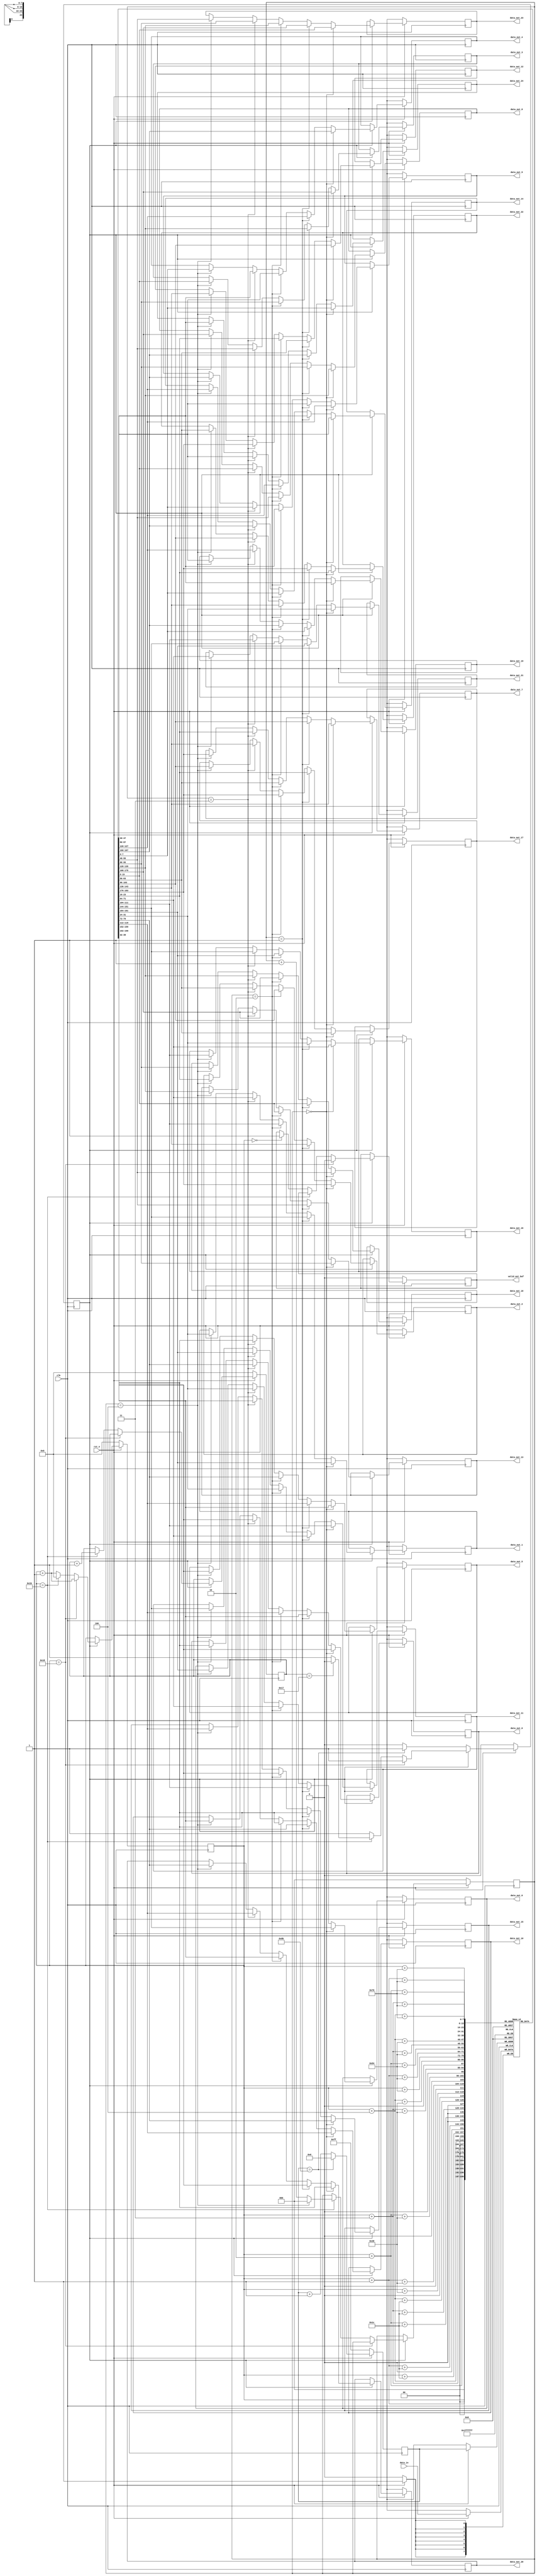
`timescale 1ns / 1ps
//////////////////////////////////////////////////////////////////////////////////
// Company: 
// Engineer: 
// 
// Design Name: 
// Module Name: conv1_buffer
// Project Name: 
// Target Devices: 
// Tool Versions: 
// Description: 
// 
// Dependencies: 
// 
// Revision:
// Revision 0.01 - File Created
// Additional Comments:
// 
//////////////////////////////////////////////////////////////////////////////////


 module conv1_buffer #(parameter WIDTH = 28, HEIGHT = 28, DATA_BITS = 8)(
   input clk,
   input rst_n,
   input [DATA_BITS - 1:0] data_in,
   output reg [DATA_BITS - 1:0] data_out_0, data_out_1, data_out_2, data_out_3, data_out_4,
   data_out_5, data_out_6, data_out_7, data_out_8, data_out_9,
   data_out_10, data_out_11, data_out_12, data_out_13, data_out_14,
   data_out_15, data_out_16, data_out_17, data_out_18, data_out_19,
   data_out_20, data_out_21, data_out_22, data_out_23, data_out_24,
   output reg valid_out_buf
 );

 localparam FILTER_SIZE = 5;

 reg [DATA_BITS - 1:0] buffer [0:WIDTH * FILTER_SIZE - 1];
 reg [DATA_BITS - 1:0] buf_idx;
 reg [4:0] w_idx, h_idx;
 reg [2:0] buf_flag;  // 0 ~ 4
 reg state;

 always @(posedge clk) begin
   if(~rst_n) begin
     buf_idx <= -1;
     w_idx <= 0;
     h_idx <= 0;
     buf_flag <= 0;
     state <= 0;
     valid_out_buf <= 0;
     data_out_0 <= 12'bx;
     data_out_1 <= 12'bx;
     data_out_2 <= 12'bx;
     data_out_3 <= 12'bx;
     data_out_4 <= 12'bx;
     data_out_5 <= 12'bx;
     data_out_6 <= 12'bx;
     data_out_7 <= 12'bx;
     data_out_8 <= 12'bx;
     data_out_9 <= 12'bx;
     data_out_10 <= 12'bx;
     data_out_11 <= 12'bx;
     data_out_12 <= 12'bx;
     data_out_13 <= 12'bx;
     data_out_14 <= 12'bx;
     data_out_15 <= 12'bx;
     data_out_16 <= 12'bx;
     data_out_17 <= 12'bx;
     data_out_18 <= 12'bx;
     data_out_19 <= 12'bx;
     data_out_20 <= 12'bx;
     data_out_21 <= 12'bx;
     data_out_22 <= 12'bx;
     data_out_23 <= 12'bx;
     data_out_24 <= 12'bx;
   end else begin
   buf_idx <= buf_idx + 1;
   if(buf_idx == WIDTH * FILTER_SIZE - 1) begin // buffer size = 140 = 28(w) * 5(h)
     buf_idx <= 0;
   end
   
   buffer[buf_idx] <= data_in;  // data input
   
   // Wait until first 140 input data filled in buffer
   if(!state) begin
     if(buf_idx == WIDTH * FILTER_SIZE - 1) begin
       state <= 1'b1;
     end
   end else begin // valid state
     w_idx <= w_idx + 1'b1; // move right

     if(w_idx == WIDTH - FILTER_SIZE + 1) begin
       valid_out_buf <= 1'b0; // unvalid area
     end else if(w_idx == WIDTH - 1) begin
       buf_flag <= buf_flag + 1'b1;
       if(buf_flag == FILTER_SIZE - 1) begin
         buf_flag <= 0;
       end
       w_idx <= 0;

       if(h_idx == HEIGHT - FILTER_SIZE) begin  // done 1 input read -> 28 * 28
         h_idx <= 0;
         state <= 1'b0;
       end 
       
       h_idx <= h_idx + 1'b1;

     end else if(w_idx == 0) begin
       valid_out_buf <= 1'b1; // start valid area
     end

     // Buffer Selection -> 5 * 5
     if(buf_flag == 3'd0) begin
       data_out_0 <= buffer[w_idx];
       data_out_1 <= buffer[w_idx + 1];
       data_out_2 <= buffer[w_idx + 2];
       data_out_3 <= buffer[w_idx + 3];
       data_out_4 <= buffer[w_idx + 4];

       data_out_5 <= buffer[w_idx + WIDTH];
       data_out_6 <= buffer[w_idx + 1 + WIDTH];
       data_out_7 <= buffer[w_idx + 2 + WIDTH];
       data_out_8 <= buffer[w_idx + 3 + WIDTH];
       data_out_9 <= buffer[w_idx + 4 + WIDTH];

       data_out_10 <= buffer[w_idx + WIDTH * 2];
       data_out_11 <= buffer[w_idx + 1 + WIDTH * 2];
       data_out_12 <= buffer[w_idx + 2 + WIDTH * 2];
       data_out_13 <= buffer[w_idx + 3 + WIDTH * 2];
       data_out_14 <= buffer[w_idx + 4 + WIDTH * 2];

       data_out_15 <= buffer[w_idx + WIDTH * 3];
       data_out_16 <= buffer[w_idx + 1 + WIDTH * 3];
       data_out_17 <= buffer[w_idx + 2 + WIDTH * 3];
       data_out_18 <= buffer[w_idx + 3 + WIDTH * 3];
       data_out_19 <= buffer[w_idx + 4 + WIDTH * 3];

       data_out_20 <= buffer[w_idx + WIDTH * 4];
       data_out_21 <= buffer[w_idx + 1 + WIDTH * 4];
       data_out_22 <= buffer[w_idx + 2 + WIDTH * 4];
       data_out_23 <= buffer[w_idx + 3 + WIDTH * 4];
       data_out_24 <= buffer[w_idx + 4 + WIDTH * 4];
     end else if(buf_flag == 3'd1) begin
       data_out_0 <= buffer[w_idx + WIDTH];
       data_out_1 <= buffer[w_idx + 1 + WIDTH];
       data_out_2 <= buffer[w_idx + 2 + WIDTH];
       data_out_3 <= buffer[w_idx + 3 + WIDTH];
       data_out_4 <= buffer[w_idx + 4 + WIDTH];

       data_out_5 <= buffer[w_idx + WIDTH * 2];
       data_out_6 <= buffer[w_idx + 1 + WIDTH * 2];
       data_out_7 <= buffer[w_idx + 2 + WIDTH * 2];
       data_out_8 <= buffer[w_idx + 3 + WIDTH * 2];
       data_out_9 <= buffer[w_idx + 4 + WIDTH * 2];

       data_out_10 <= buffer[w_idx + WIDTH * 3];
       data_out_11 <= buffer[w_idx + 1 + WIDTH * 3];
       data_out_12 <= buffer[w_idx + 2 + WIDTH * 3];
       data_out_13 <= buffer[w_idx + 3 + WIDTH * 3];
       data_out_14 <= buffer[w_idx + 4 + WIDTH * 3];

       data_out_15 <= buffer[w_idx + WIDTH * 4];
       data_out_16 <= buffer[w_idx + 1 + WIDTH * 4];
       data_out_17 <= buffer[w_idx + 2 + WIDTH * 4];
       data_out_18 <= buffer[w_idx + 3 + WIDTH * 4];
       data_out_19 <= buffer[w_idx + 4 + WIDTH * 4];

       data_out_20 <= buffer[w_idx];
       data_out_21 <= buffer[w_idx + 1];
       data_out_22 <= buffer[w_idx + 2];
       data_out_23 <= buffer[w_idx + 3];
       data_out_24 <= buffer[w_idx + 4];
     end else if(buf_flag == 3'd2) begin
       data_out_0 <= buffer[w_idx + WIDTH * 2];
       data_out_1 <= buffer[w_idx + 1 + WIDTH * 2];
       data_out_2 <= buffer[w_idx + 2 + WIDTH * 2];
       data_out_3 <= buffer[w_idx + 3 + WIDTH * 2];
       data_out_4 <= buffer[w_idx + 4 + WIDTH * 2];

       data_out_5 <= buffer[w_idx + WIDTH * 3];
       data_out_6 <= buffer[w_idx + 1 + WIDTH * 3];
       data_out_7 <= buffer[w_idx + 2 + WIDTH * 3];
       data_out_8 <= buffer[w_idx + 3 + WIDTH * 3];
       data_out_9 <= buffer[w_idx + 4 + WIDTH * 3];

       data_out_10 <= buffer[w_idx + WIDTH * 4];
       data_out_11 <= buffer[w_idx + 1 + WIDTH * 4];
       data_out_12 <= buffer[w_idx + 2 + WIDTH * 4];
       data_out_13 <= buffer[w_idx + 3 + WIDTH * 4];
       data_out_14 <= buffer[w_idx + 4 + WIDTH * 4];

       data_out_15 <= buffer[w_idx];
       data_out_16 <= buffer[w_idx + 1];
       data_out_17 <= buffer[w_idx + 2];
       data_out_18 <= buffer[w_idx + 3];
       data_out_19 <= buffer[w_idx + 4];

       data_out_20 <= buffer[w_idx + WIDTH];
       data_out_21 <= buffer[w_idx + 1 + WIDTH];
       data_out_22 <= buffer[w_idx + 2 + WIDTH];
       data_out_23 <= buffer[w_idx + 3 + WIDTH];
       data_out_24 <= buffer[w_idx + 4 + WIDTH];
     end else if(buf_flag == 3'd3) begin
       data_out_0 <= buffer[w_idx + WIDTH * 3];
       data_out_1 <= buffer[w_idx + 1 + WIDTH * 3];
       data_out_2 <= buffer[w_idx + 2 + WIDTH * 3];
       data_out_3 <= buffer[w_idx + 3 + WIDTH * 3];
       data_out_4 <= buffer[w_idx + 4 + WIDTH * 3];

       data_out_5 <= buffer[w_idx + WIDTH * 4];
       data_out_6 <= buffer[w_idx + 1 + WIDTH * 4];
       data_out_7 <= buffer[w_idx + 2 + WIDTH * 4];
       data_out_8 <= buffer[w_idx + 3 + WIDTH * 4];
       data_out_9 <= buffer[w_idx + 4 + WIDTH * 4];

       data_out_10 <= buffer[w_idx];
       data_out_11 <= buffer[w_idx + 1];
       data_out_12 <= buffer[w_idx + 2];
       data_out_13 <= buffer[w_idx + 3];
       data_out_14 <= buffer[w_idx + 4];

       data_out_15 <= buffer[w_idx + WIDTH];
       data_out_16 <= buffer[w_idx + 1 + WIDTH];
       data_out_17 <= buffer[w_idx + 2 + WIDTH];
       data_out_18 <= buffer[w_idx + 3 + WIDTH];
       data_out_19 <= buffer[w_idx + 4 + WIDTH];

       data_out_20 <= buffer[w_idx + WIDTH * 2];
       data_out_21 <= buffer[w_idx + 1 + WIDTH * 2];
       data_out_22 <= buffer[w_idx + 2 + WIDTH * 2];
       data_out_23 <= buffer[w_idx + 3 + WIDTH * 2];
       data_out_24 <= buffer[w_idx + 4 + WIDTH * 2];      
     end else if(buf_flag == 3'd4) begin
       data_out_0 <= buffer[w_idx + WIDTH * 4];
       data_out_1 <= buffer[w_idx + 1 + WIDTH * 4];
       data_out_2 <= buffer[w_idx + 2 + WIDTH * 4];
       data_out_3 <= buffer[w_idx + 3 + WIDTH * 4];
       data_out_4 <= buffer[w_idx + 4 + WIDTH * 4];

       data_out_5 <= buffer[w_idx];
       data_out_6 <= buffer[w_idx + 1];
       data_out_7 <= buffer[w_idx + 2];
       data_out_8 <= buffer[w_idx + 3];
       data_out_9 <= buffer[w_idx + 4];

       data_out_10 <= buffer[w_idx + WIDTH];
       data_out_11 <= buffer[w_idx + 1 + WIDTH];
       data_out_12 <= buffer[w_idx + 2 + WIDTH];
       data_out_13 <= buffer[w_idx + 3 + WIDTH];
       data_out_14 <= buffer[w_idx + 4 + WIDTH];

       data_out_15 <= buffer[w_idx + WIDTH * 2];
       data_out_16 <= buffer[w_idx + 1 + WIDTH * 2];
       data_out_17 <= buffer[w_idx + 2 + WIDTH * 2];
       data_out_18 <= buffer[w_idx + 3 + WIDTH * 2];
       data_out_19 <= buffer[w_idx + 4 + WIDTH * 2];

       data_out_20 <= buffer[w_idx + WIDTH * 3];
       data_out_21 <= buffer[w_idx + 1 + WIDTH * 3];
       data_out_22 <= buffer[w_idx + 2 + WIDTH * 3];
       data_out_23 <= buffer[w_idx + 3 + WIDTH * 3];
       data_out_24 <= buffer[w_idx + 4 + WIDTH * 3];   
     end
   end
   end
 end
endmodule